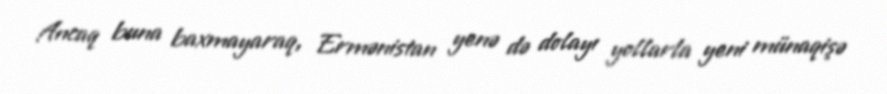
Ancaq buna baxmayaraq, Ermənistan yenə də dolayı yollarla yeni münaqişə